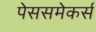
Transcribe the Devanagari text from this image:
पेससमेकर्स